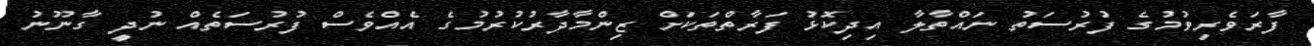
ފާރަވެރިވުމުގެ ފުރުސަތު ނައްތާލާ އިދިކޮޅު ފަރާތްތަކަށް ޒިންމާދާރުކުރުމުގެ އެއްވެސް ފުރުސަތެއް ނުދީ ގާނޫނު